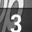
Digit: 3